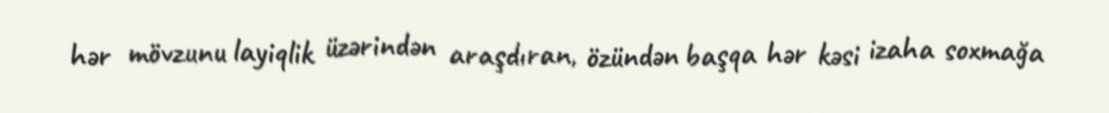
hər mövzunu layiqlik üzərindən araşdıran, özündən başqa hər kəsi izaha soxmağa